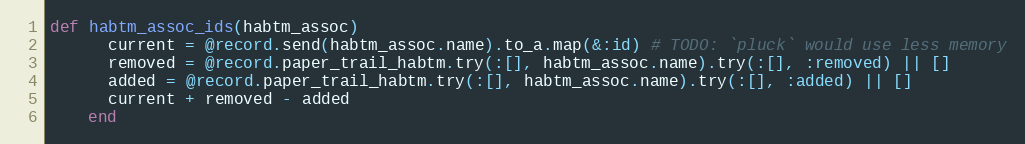
Language: Ruby
def habtm_assoc_ids(habtm_assoc)
      current = @record.send(habtm_assoc.name).to_a.map(&:id) # TODO: `pluck` would use less memory
      removed = @record.paper_trail_habtm.try(:[], habtm_assoc.name).try(:[], :removed) || []
      added = @record.paper_trail_habtm.try(:[], habtm_assoc.name).try(:[], :added) || []
      current + removed - added
    end